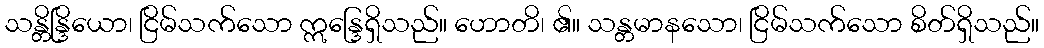
သန္တိန္ဒြိယော၊ ငြိမ်သက်သော ဣန္ဒြေရှိသည်။ ဟောတိ၊ ၏။ သန္တမာနသော၊ ငြိမ်သက်သော စိတ်ရှိသည်။